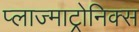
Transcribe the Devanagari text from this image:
प्लाज्माट्रोनिक्स